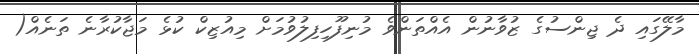
މާލޭގައި ދެ ޖިންސުގެ ޒުވާނުން އެއްތަންވެ މުނިފޫހިފިލުވުމަށް މިއުޒިކް ކުޅެ މަޖާކުރާނެ ތަނެއް(